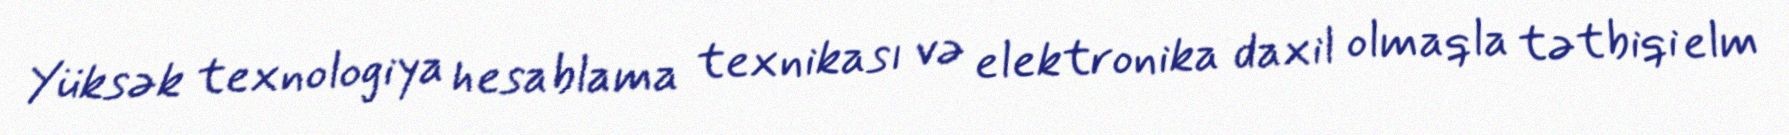
Yüksək texnologiya hesablama texnikası və elektronika daxil olmaqla tətbiqi elm